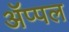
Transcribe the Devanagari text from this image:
ॲप्पल